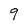
Character: 9